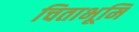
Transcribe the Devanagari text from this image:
चिताभूमि